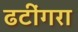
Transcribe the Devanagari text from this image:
ढटींगरा